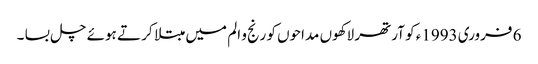
6 فروری 1993ء کو آرتھر لاکھوں مداحوں کو رنج و الم میں مبتلا کر تے ہوئے چل بسا ۔